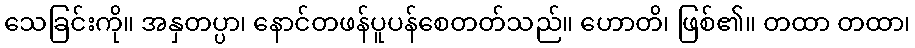
သေခြင်းကို။ အနှတပ္ပာ၊ နောင်တဖန်ပူပန်စေတတ်သည်။ ဟောတိ၊ ဖြစ်၏။ တထာ တထာ၊